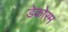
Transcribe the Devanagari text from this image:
डेकोरम